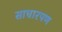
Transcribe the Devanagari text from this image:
साधारपण